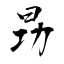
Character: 昮